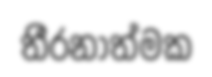
තීරනාත්මක